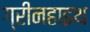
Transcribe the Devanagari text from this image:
ग्रीनहाइथ